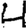
Digit: 4